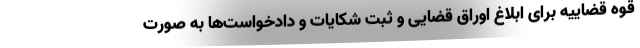
قوه قضاییه برای ابلاغ اوراق قضایی و ثبت شکایات و دادخواست‌ها به صورت